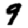
Digit: 9